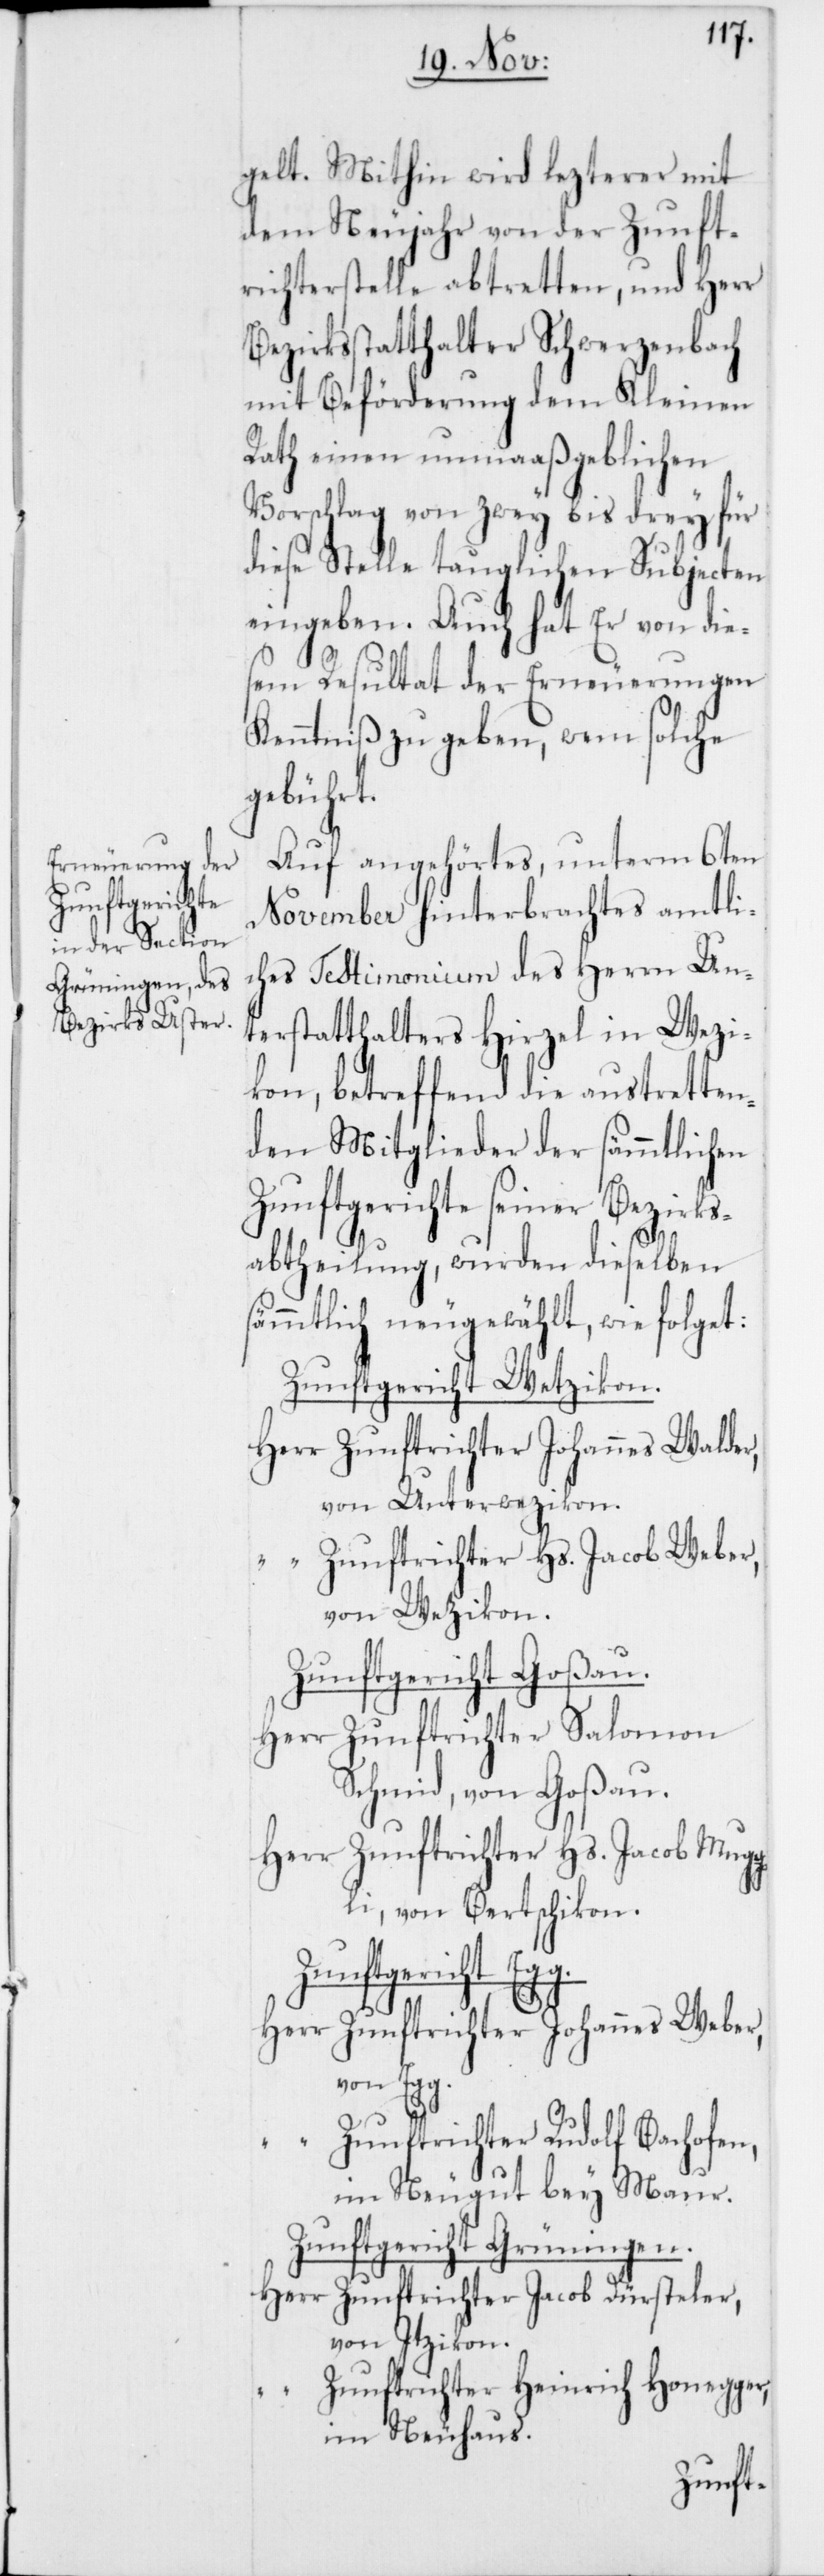
gelt. Mithin wird lezterer mit
dem Neujahr von der Zunft¬
richterstelle abtretten, und Herr
Bezirksstatthalter Schwerzenbach
mit Beförderung dem Kleinen
Rath einen unmaaßgeblichen
Vorschlag von zwey bis drey für
diese Stelle tauglichen Subjecten
eingeben. Auch hat er von die¬
sem Resultat der Erneuerungen
Kenntniß zu geben, wem solche
gebührt.
Auf angehörtes, unterm 6ten
November hinterbrachtes amtli¬
ches Testimonium des Herrn Un¬
terstatthalters Hirzel in Wezi¬
kon, betreffend die austretten¬
den Mitglieder der sämmtlichen
Zunftgerichte seiner Bezirks¬
abtheilung, wurden dieselben
sämmtlich neugewählt, wie folget:
Zunftgericht Wetzikon.
Herr Zunftrichter Johannes Walder,
von Unterwezikon.
“ Zunftrichter Hs. Jacob Weber,
von Wezikon.
Zunftgericht Goßau.
Herr Zunftrichter Salomon
Schmid, von Goßau.
“ Zunftrichter Hs. Jacob Mugg¬
li, von Bertschikon.
Zunftgericht Egg.
Herr Zunftrichter Johannes Weber,
von Egg.
“ Zunftrichter Rudolf Bachofen,
im Neugut bey Maur.
Zunftgericht Grüningen.
Herr Zunftrichter Jacob Dürsteler,
von Itzikon.
Zunftrichter Heinrich Honegger,
im Neuhaus.